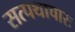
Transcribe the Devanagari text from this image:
सत्पथाचारः